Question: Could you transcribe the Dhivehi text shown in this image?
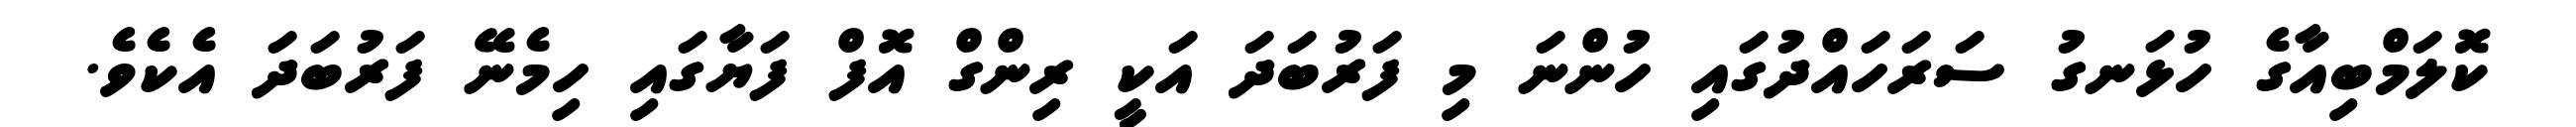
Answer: ކޮލަމްބިއާގެ ހުޅަނގު ސަރަހައްދުގައި ހުންނަ މި ފަރުބަދަ އަކީ ރިންގް އޮފް ފަޔާގައި ހިމެނޭ ފަރުބަދަ އެކެވެ.